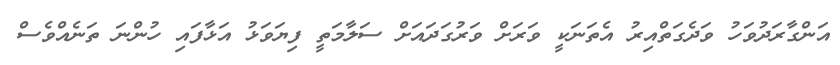
އަންގާރަދުވަހު ވަދެގަތްއިރު އެތަނަކީ ވަރަށް ވަރުގަދައަށް ސަލާމަތީ ފިޔަވަޅު އަޅާފައި ހުންނަ ތަނެއްވެސް